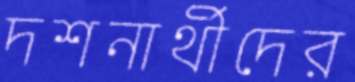
দশনার্থীদের